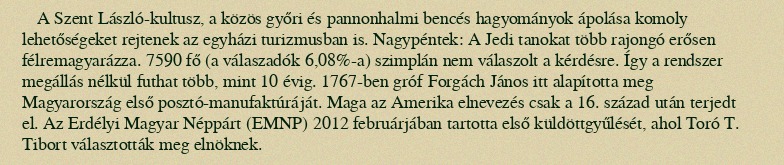
A Szent László-kultusz, a közös győri és pannonhalmi bencés hagyományok ápolása komoly lehetőségeket rejtenek az egyházi turizmusban is. Nagypéntek: A Jedi tanokat több rajongó erősen félremagyarázza. 7590 fő (a válaszadók 6,08%-a) szimplán nem válaszolt a kérdésre. Így a rendszer megállás nélkül futhat több, mint 10 évig. 1767-ben gróf Forgách János itt alapította meg Magyarország első posztó-manufaktúráját. Maga az Amerika elnevezés csak a 16. század után terjedt el. Az Erdélyi Magyar Néppárt (EMNP) 2012 februárjában tartotta első küldöttgyűlését, ahol Toró T. Tibort választották meg elnöknek.